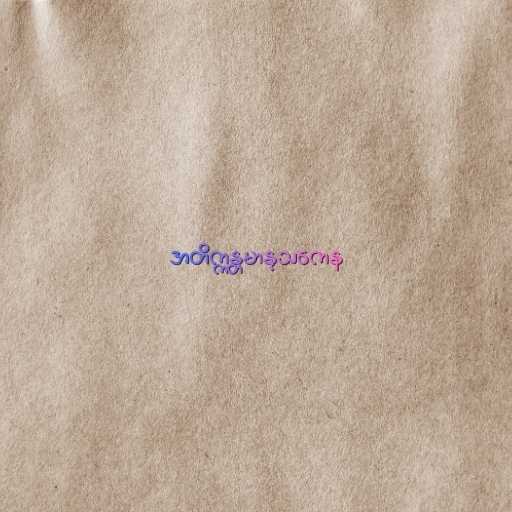
အတိက္ကန္တမာနုသကေန